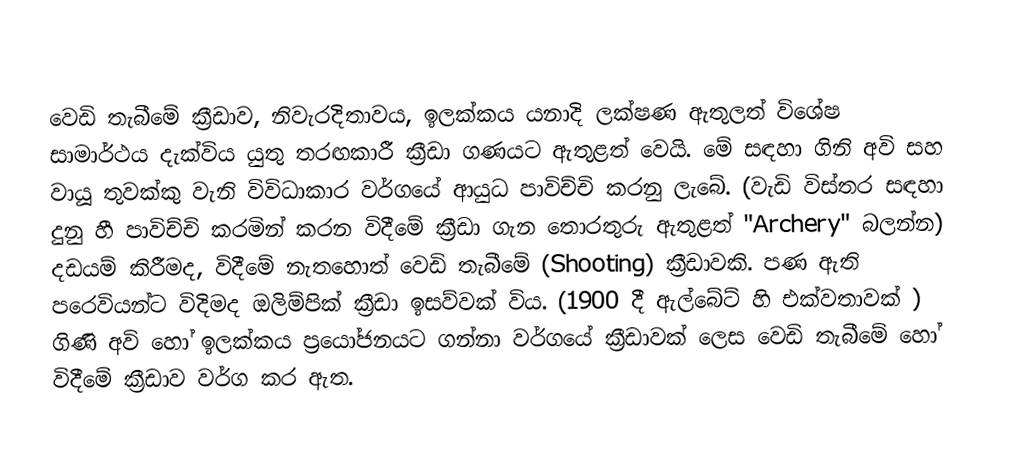
වෙඩි තැබීමේ ක්‍රීඩාව, නිවැරදිතාවය, ඉලක්කය යනාදි ලක්ෂණ ඇතුලත් විශේෂ සාමාර්ථය දැක්විය යුතු තරඟකාරී ක්‍රීඩා ගණයට ඇතුළත් වෙයි. මේ සඳහා ගිනි අවි සහ වායූ තුවක්කු වැනි විවිධාකාර වර්ගයේ ආයුධ පාවිච්චි කරනු ලැබේ. (වැඩි විස්තර සඳහා දුනු හී පාවිච්චි කරමින් කරන විදීමේ ක්‍රීඩා ගැන තොරතුරු ඇතුළත් "Archery" බලන්න) දඩයම් කිරීමද, විදීමේ නැතහොත් වෙඩි තැබීමේ (Shooting) ක්‍රීඩාවකි. පණ ඇති පරෙවියන්ට විදිමද ඔලිම්පික් ක්‍රීඩා ඉසව්වක් විය. (1900 දී ඇල්බේට් හි එක්වතාවක් ) ගිණි අවි හෝ ඉලක්කය ප්‍රයෝජනයට ගන්නා වර්ගයේ ක්‍රීඩාවක් ලෙස වෙඩි තැබීමේ හෝ විදීමේ ක්‍රීඩාව වර්ග කර ඇත.